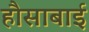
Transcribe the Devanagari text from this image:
हौसाबाई